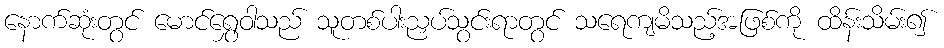
နောက်ဆုံးတွင် မောင်ရွှေဝါသည် သူတစ်ပါးညှပ်သွင်းရာတွင် သရေကျမိသည့်အဖြစ်ကို ထိန်းသိမ်း၍